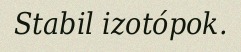
Stabil izotópok.